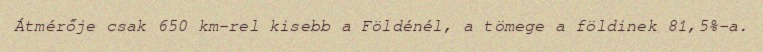
Átmérője csak 650 km-rel kisebb a Földénél, a tömege a földinek 81,5%-a.